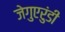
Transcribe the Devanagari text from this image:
जेगुएरुंडी